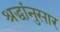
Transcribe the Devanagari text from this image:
श्रद्धांनुसार